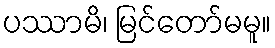
ပဿာမိ၊ မြင်တော်မမူ။